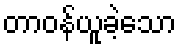
တာဝန်ယူခဲ့သော